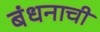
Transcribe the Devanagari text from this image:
बंधनाची